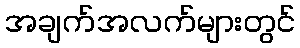
အချက်အလက်များတွင်